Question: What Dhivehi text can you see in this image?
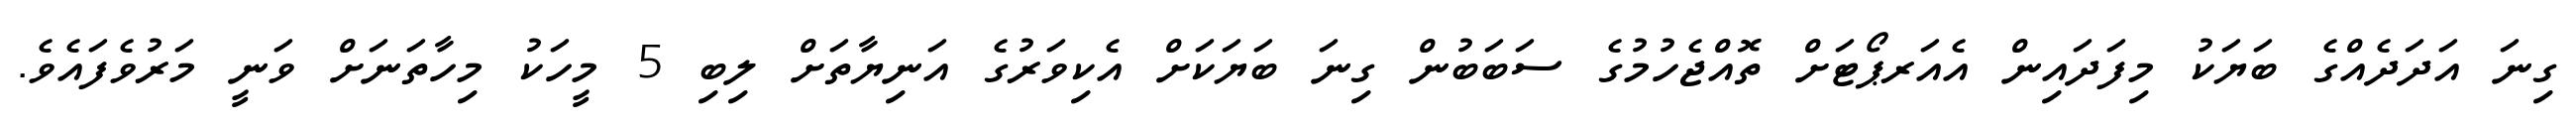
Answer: ގިނަ އަދަދެއްގެ ބަޔަކު މިފަދައިން އެއަރޕޯޓަށް ތޮއްޖެހުމުގެ ސަބަބުން ގިނަ ބަޔަކަށް އެކިވަރުގެ އަނިޔާތަށް ލިބި 5 މީހަކު މިހާތަނަށް ވަނީ މަރުވެފައެވެ.